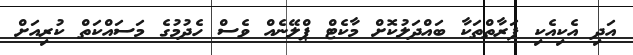
އަދި އެކިއެކި ފަރާތްތަކާ ބައްދަލުކޮށް މާކެޓް ޕްލޭނެއް ވެސް ހެދުމުގެ މަސައްކަތް ކުރިއަށް